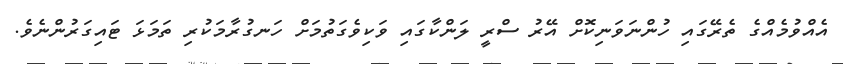
އެއްވުމެއްގެ ތެރޭގައި ހުންނަވަނިކޮށް އޭރު ސްރީ ލަންކާގައި ވަކިވެގަތުމަށް ހަނގުރާމަކުރި ތަމަޅަ ޓައިގަރުންނެވެ.